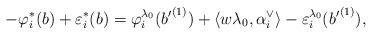
LaTeX: \begin{align*}-\varphi_i^{\ast}(b)+\varepsilon_i^{\ast}(b)=\varphi_i^{\lambda_0}({b'}^{(1)})+\langle w\lambda_0, \alpha_i^{\vee}\rangle-\varepsilon_i^{\lambda_0}({b'}^{(1)}),\end{align*}